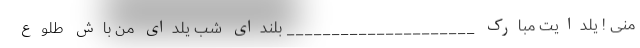
منی ! یلدایت مبارک _____________________ بلندای شب یلدای من باش طلوع